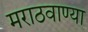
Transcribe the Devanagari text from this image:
मराठवाण्या